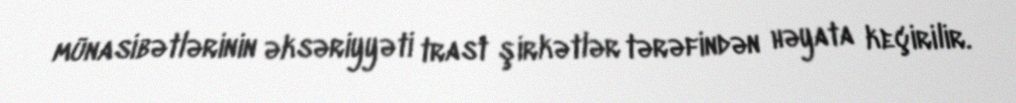
münasibətlərinin əksəriyyəti trast şirkətlər tərəfindən həyata keçirilir.